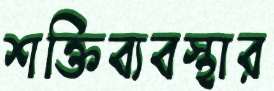
শক্তিব্যবস্থার